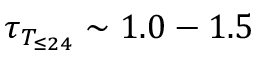
\tau _ { T _ { \le 2 4 } } \sim 1 . 0 - 1 . 5